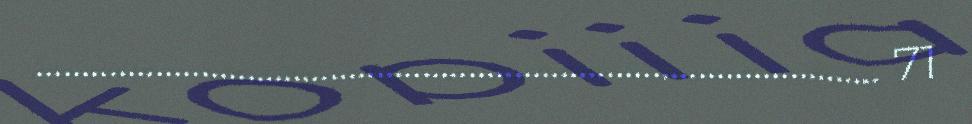
............................................................................................ 71